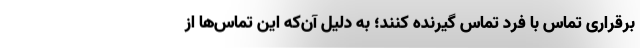
برقراری تماس با فرد تماس گیرنده کنند؛ به دلیل آن‌که این تماس‌ها از